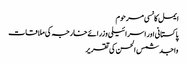
ایمل کانسی مرحوم
پاکستانی اور اسرائیلی وزرائے خارجہ کی ملاقات
واجد شمس الحسن کی تقریر